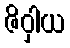
ဇိဝှါယ